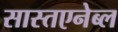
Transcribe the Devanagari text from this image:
सास्तएनेब्ल